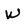
Character: W